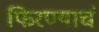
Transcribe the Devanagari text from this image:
फिरण्याचं